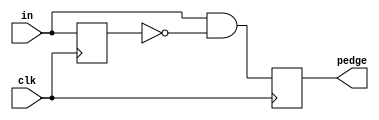
module top_module (
    input clk,
    input [7:0] in,
    output [7:0] pedge
);
	reg [7:0] d_last;	
			
	always @(posedge clk) begin
		d_last <= in;			// Remember the state of the previous cycle
		pedge <= in & ~d_last;	// A positive edge occurred if input was 0 and is now 1.
	end

endmodule